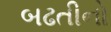
બઢતીનો